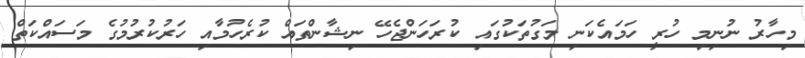
މިހާރު ނުނިމި ހުރީ ހަމައެކަނި މަގުތަކުގައި ކުރަހަންޖެހޭ ނިޝާންތައް ކުރެހުމާއި ހަރުކުރުމުގެ މަސައްކަތް